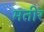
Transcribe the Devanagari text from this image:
मतीर